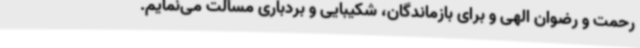
رحمت و رضوان الهی و برای بازماندگان، شکیبایی و بردباری مسألت می‌نمایم.